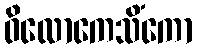
ဝိလောကေသိံကော